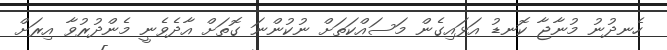
ހެނދުނު މުނާޖާ ކޮނޑު އަޅައިގެން މަސައްކަތަށް ނުކުންނަ ގޮތަށް އާދެވެނީ މެންދުރުވާ އިރަށް